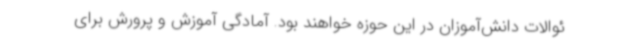
ئوالات دانش‌آموزان در این حوزه خواهند بود. آمادگی آموزش و پرورش برای